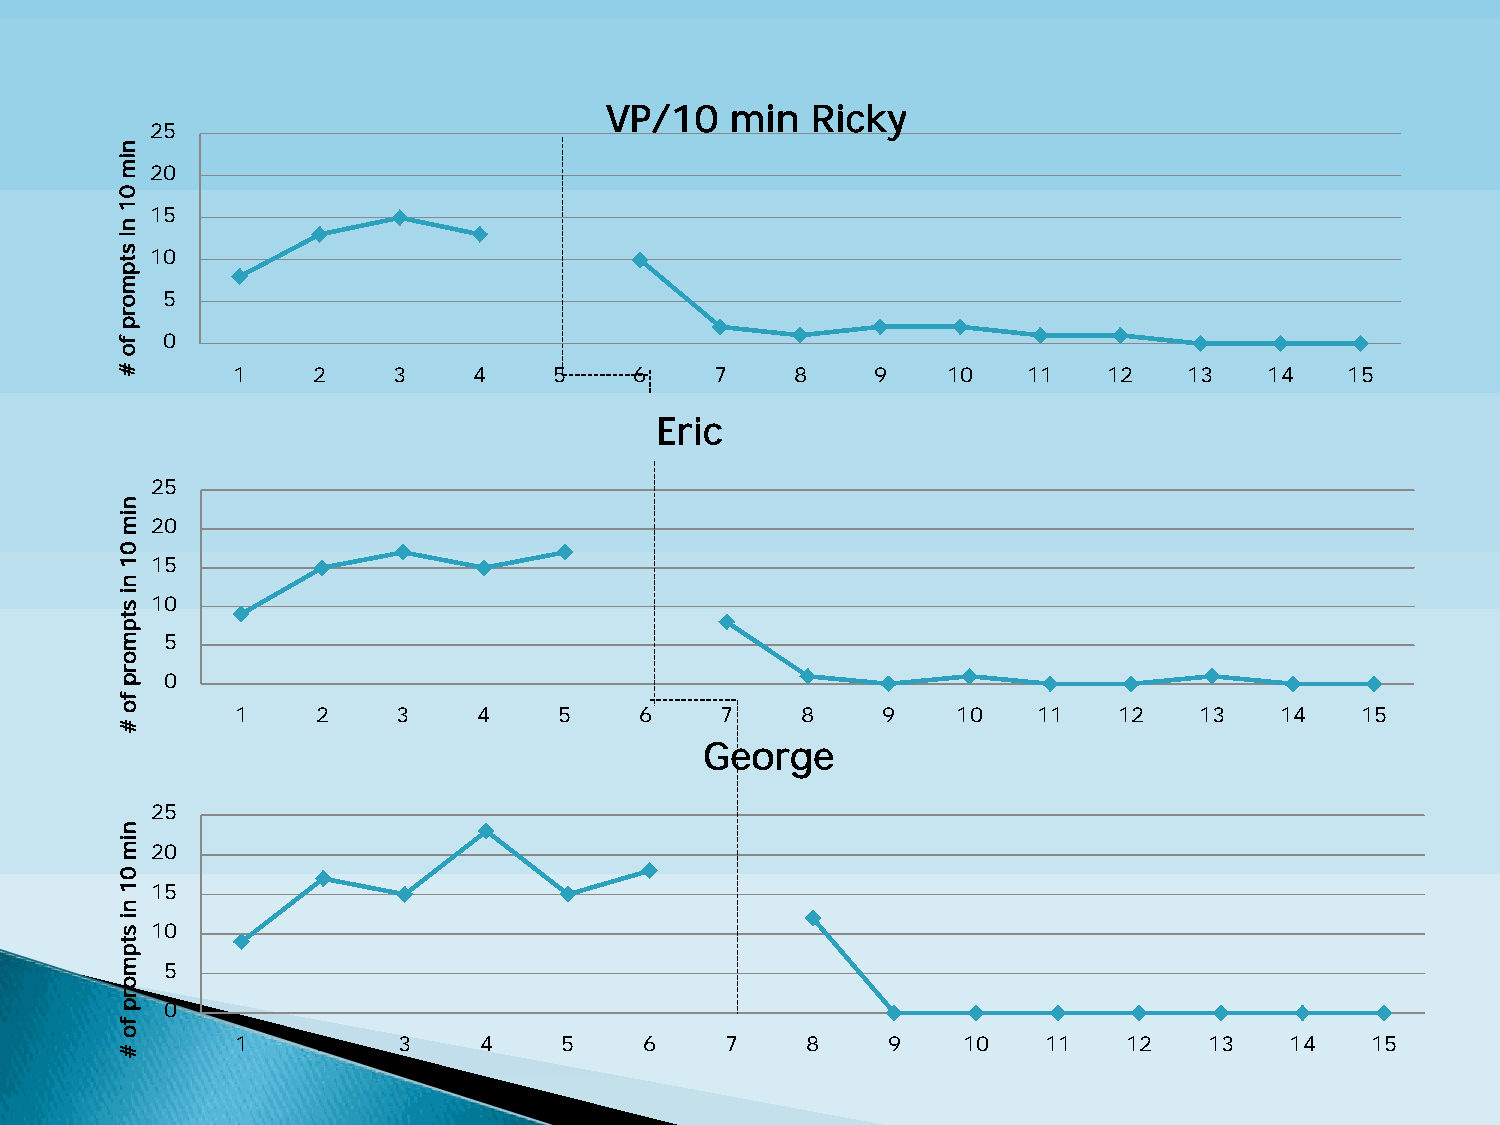
VP/10   min   Ricky
 25
 20
 15
 10
 5
 0
 1     2    3    4     5    6    7     8    9    10   11   12    13   14   15
 Eric
 25
 20
 15
 10
 5
 0
 1    2    3     4    5    6     7    8    9    10    11   12   13    14   15
 George
 25
 20
 15
 10
 5
 0
 1    2    3     4    5     6    7    8     9    10   11    12   13   14    15
 nim
 01
 ni
 stpmorp
 fo
 #
 nim
 01
 ni
 stpmorp
 fo
 #
 nim
 01
 ni
 stpmorp
 fo
 #